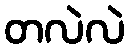
တလဲလဲ